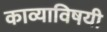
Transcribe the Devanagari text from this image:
काव्याविषयी